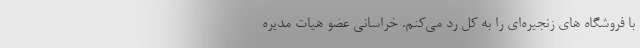
با فروشگاه ‌های زنجیره‌ای را به کل رد می‌کنم. خراسانی عضو هیات مدیره